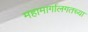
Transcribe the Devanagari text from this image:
महामार्गालगतच्या